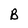
Character: B